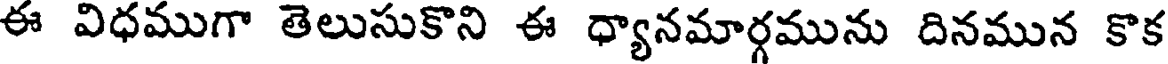
ఈ విధముగా తెలుసుకొని ఈ ధ్యానమార్గమును దినమున కొక